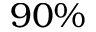
9 0 \%